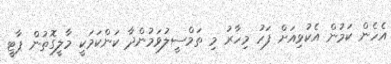
އެހެން ކަމުން އެކުޅިއަށް ފަހު މިހާރު މި ތަމްސީލުވަމުންދާ ކަންކަމަކީ މާލީގޮތުން ޕާޓީ